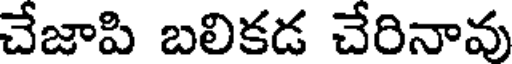
చేజాపి బలికడ చేరినావు